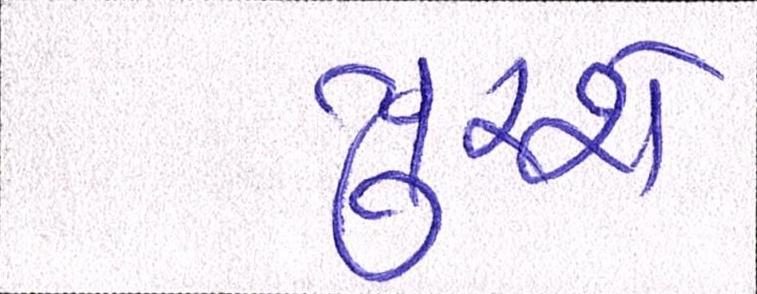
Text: પૂરશે